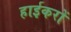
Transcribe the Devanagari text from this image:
हाईकरों